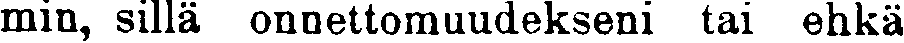
min, sillä onnettomuudekseni tai ehkä